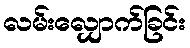
လမ်းလျှောက်ခြင်း